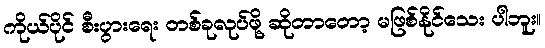
ကိုယ်ပိုင် စီးပွားရေး တစ်ခုလုပ်ဖို့ ဆိုတာတော့ မဖြစ်နိုင်သေး ပါဘူး။